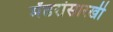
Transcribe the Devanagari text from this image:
मेंढरांसारखी